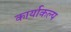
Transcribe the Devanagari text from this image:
कार्याकल्प